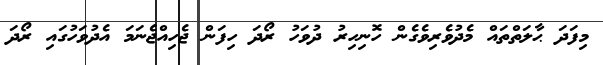
މިފަދަ ޙާލަތްތައް މެދުވެރިވެގެން ހޮނިހިރު ދުވަހު ރޯދަ ހިފަން ޖެހިއްޖެނަމަ އެދުވަހުގައި ރޯދަ